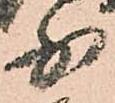
少